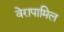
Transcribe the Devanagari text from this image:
वेरापामिल